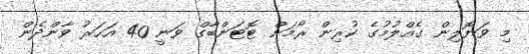
މި ވަޔޮލިން ގެއްލުމުގެ ކުރިން ރޯމަން ޓޮޓަންބާގް ވަނީ 40 އަހަރު ވާންދެން